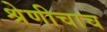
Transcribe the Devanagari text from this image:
श्रेणीचाच